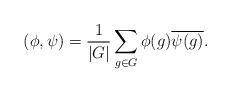
LaTeX: \begin{align*}(\phi,\psi)=\frac{1}{|G|}\sum_{g\in G}\phi(g)\overline{\psi(g)}.\end{align*}